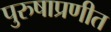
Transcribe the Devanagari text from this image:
पुरुषाप्रणीत